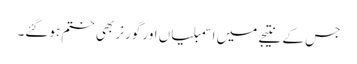
جس کے نتیجے میں اسمبلیاں اور گورنر بھی ختم ہوگئے۔